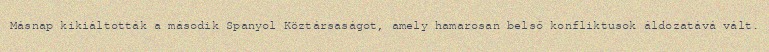
Másnap kikiáltották a második Spanyol Köztársaságot, amely hamarosan belső konfliktusok áldozatává vált.